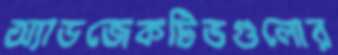
অ্যাডজেকটিভগুলোর